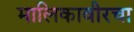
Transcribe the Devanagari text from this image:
मालिकावीरचा